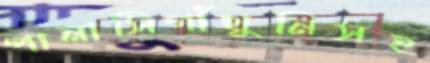
পানাসিগাঁথুনিসহ